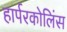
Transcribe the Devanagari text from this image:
हार्परकोलिंस